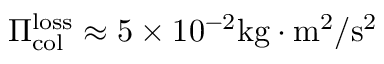
\Pi _ { \mathrm { c o l } } ^ { \mathrm { l o s s } } \approx 5 \times 1 0 ^ { - 2 } \mathrm { k g \cdot m ^ { 2 } / s ^ { 2 } }